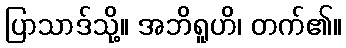
ပြာသာဒ်သို့။ အဘိရူဟိ၊ တက်၏။